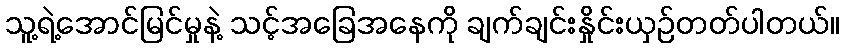
သူ့ရဲ့အောင်မြင်မှုနဲ့ သင့်အခြေအနေကို ချက်ချင်းနှိုင်းယှဉ်တတ်ပါတယ်။